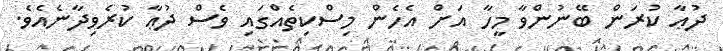
ދުޢާ ކުރަން ބޭނުންވާ މީހާ އަށް އެހެން މިސްކިތެއްގައި ވެސް ދުޢާ ކުރެވިދާނެއެވެ.